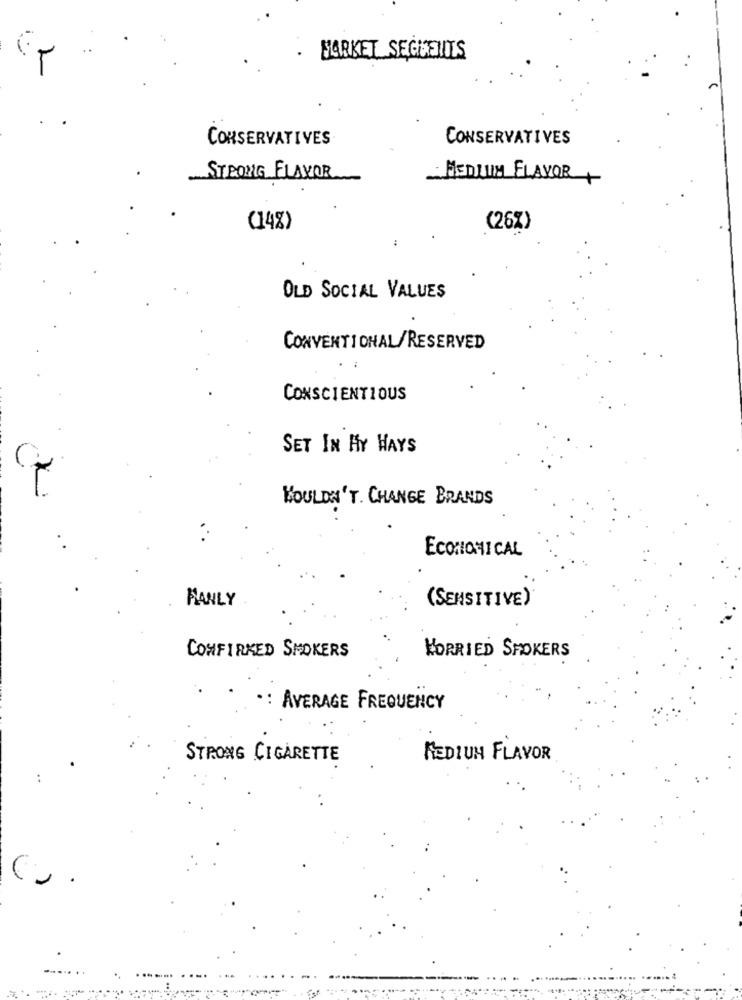
MARKET SEGMENTS
CONSERVATIVES
CONSERVATIVES
STRONG FLAVOR
MEDLUM FLAVOR
(14%)
(26%)
OLD SOCIAL VALUES
CONVENTIONAL/RESERVED
CONSCIENTIOUS
SET IN MY HAYS
WOULDN'T. CHANGE BRANDS
ECONOMICAL
MANLY
(SENSITIVE)
CONFIRMED SMOKERS
WORRIED SPOKERS
: AVERAGE FREQUENCY
STRONG CIGARETTE
MEDIUM FLAVOR
C.
...... ..
......